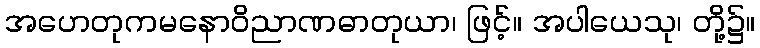
အဟေတုကမနောဝိညာဏဓာတုယာ၊ ဖြင့်။ အပါယေသု၊ တို့၌။